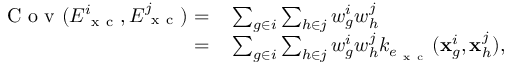
\begin{array} { r l } { \mathrm { ~ C ~ o ~ v ~ } ( E _ { \mathrm { ~ x ~ c ~ } } ^ { i } , E _ { \mathrm { ~ x ~ c ~ } } ^ { j } ) = } & { { } \sum _ { g \in i } \sum _ { h \in j } w _ { g } ^ { i } w _ { h } ^ { j } } \\ { = } & { { } \sum _ { g \in i } \sum _ { h \in j } w _ { g } ^ { i } w _ { h } ^ { j } k _ { e _ { \mathrm { ~ x ~ c ~ } } } ( \mathbf { x } _ { g } ^ { i } , \mathbf { x } _ { h } ^ { j } ) , } \end{array}